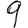
Digit: 9